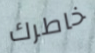
خاطرك